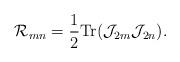
LaTeX: \begin{align*}{\cal R}_{mn}=\frac{1}{2} {\rm Tr} ({\cal J}_{2m}{\cal J}_{2n}).\end{align*}